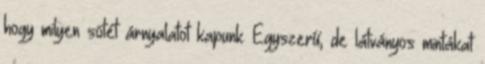
hogy milyen sötét árnyalatot kapunk. Egyszerű, de látványos mintákat